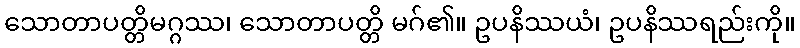
သောတာပတ္တိမဂ္ဂဿ၊ သောတာပတ္တိ မဂ်၏။ ဥပနိဿယံ၊ ဥပနိဿရည်းကို။